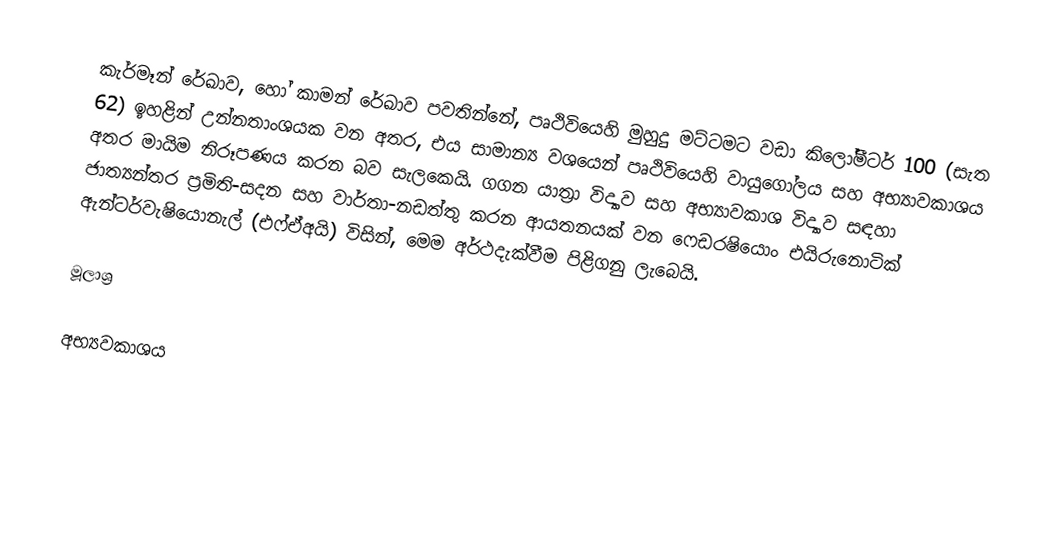
කැර්මෑන් රේඛාව, හෝ  කාමන් රේඛාව පවතින්නේ, පෘථිවියෙහි  මුහුදු මට්ටමට වඩා කිලෝමීටර් 100 (සැත 62) ඉහළින් උන්නතාංශයක වන අතර, එය සාමාන්‍ය වශයෙන්  පෘථිවියෙහි වායුගෝලය සහ අභ්‍යාවකාශය අතර මායිම නිරූපණය කරන බව සැලකෙයි.  ගගන යාත්‍රා විද්‍යාව සහ අභ්‍යාවකාශ විද්‍යාව සඳහා ජාත්‍යන්තර ප්‍රමිති-සදන සහ වාර්තා-නඩත්තු කරන ආයතනයක් වන ෆෙඩරෂියොං එයිරුනොටික් ඇන්ටර්වැෂියොනැල් (එෆ්ඒඅයි) විසින්, මෙම අර්ථදැක්වීම පිළිගනු ලැබෙයි.

මූලාශ්‍ර

අභ්‍යවකාශය